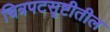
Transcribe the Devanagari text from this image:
चित्रपटसॄष्टीतील